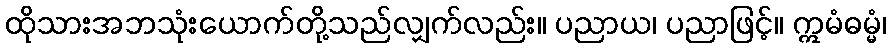
ထိုသားအဘသုံးယောက်တို့သည်လျှက်လည်း။ ပညာယ၊ ပညာဖြင့်။ ဣမံဓမ္မံ၊